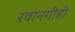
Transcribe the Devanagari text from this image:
रवानगीही